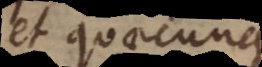
et quaecunque